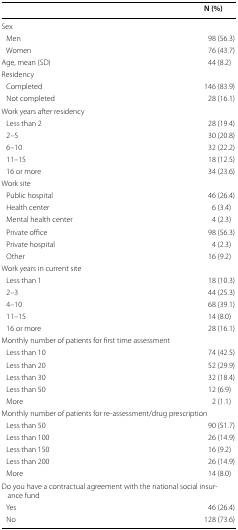
<table><thead><tr><td></td><td><b>N (%)</b></td></tr></thead><tbody><tr><td colspan="2">Sex</td></tr><tr><td> Men</td><td>98 (56.3)</td></tr><tr><td> Women</td><td>76 (43.7)</td></tr><tr><td>Age, mean (SD)</td><td>44 (8.2)</td></tr><tr><td colspan="2">Residency</td></tr><tr><td> Completed</td><td>146 (83.9)</td></tr><tr><td> Not completed</td><td>28 (16.1)</td></tr><tr><td colspan="2">Work years after residency</td></tr><tr><td> Less than 2</td><td>28 (19.4)</td></tr><tr><td> 2–5</td><td>30 (20.8)</td></tr><tr><td> 6–10</td><td>32 (22.2)</td></tr><tr><td> 11–15</td><td>18 (12.5)</td></tr><tr><td> 16 or more</td><td>34 (23.6)</td></tr><tr><td colspan="2">Work site</td></tr><tr><td> Public hospital</td><td>46 (26.4)</td></tr><tr><td> Health center</td><td>6 (3.4)</td></tr><tr><td> Mental health center</td><td>4 (2.3)</td></tr><tr><td> Private office</td><td>98 (56.3)</td></tr><tr><td> Private hospital</td><td>4 (2.3)</td></tr><tr><td> Other</td><td>16 (9.2)</td></tr><tr><td colspan="2">Work years in current site</td></tr><tr><td> Less than 1</td><td>18 (10.3)</td></tr><tr><td> 2–3</td><td>44 (25.3)</td></tr><tr><td> 4–10</td><td>68 (39.1)</td></tr><tr><td> 11–15</td><td>14 (8.0)</td></tr><tr><td> 16 or more</td><td>28 (16.1)</td></tr><tr><td colspan="2">Monthly number of patients for first time assessment</td></tr><tr><td> Less than 10</td><td>74 (42.5)</td></tr><tr><td> Less than 20</td><td>52 (29.9)</td></tr><tr><td> Less than 30</td><td>32 (18.4)</td></tr><tr><td> Less than 50</td><td>12 (6.9)</td></tr><tr><td> More</td><td>2 (1.1)</td></tr><tr><td colspan="2">Monthly number of patients for re-assessment/drug prescription</td></tr><tr><td> Less than 50</td><td>90 (51.7)</td></tr><tr><td> Less than 100</td><td>26 (14.9)</td></tr><tr><td> Less than 150</td><td>16 (9.2)</td></tr><tr><td> Less than 200</td><td>26 (14.9)</td></tr><tr><td> More</td><td>14 (8.0)</td></tr><tr><td colspan="2">Do you have a contractual agreement with the national social insurance fund</td></tr><tr><td> Yes</td><td>46 (26.4)</td></tr><tr><td> No</td><td>128 (73.6)</td></tr></tbody></table>